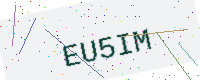
Text: EU5IM